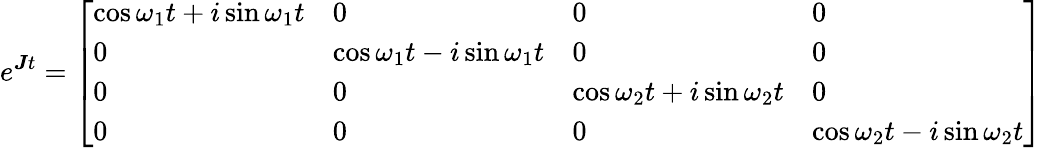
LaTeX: e^{\boldsymbol{J}t}=\left[\begin{array}{llll}{\cos\omega_{1}t+i\sin\omega_{1}t}&{0}&{0}&{0}\\ {0}&{\cos\omega_{1}t-i\sin\omega_{1}t}&{0}&{0}\\ {0}&{0}&{\cos\omega_{2}t+i\sin\omega_{2}t}&{0}\\ {0}&{0}&{0}&{\cos\omega_{2}t-i\sin\omega_{2}t}\end{array}\right]